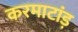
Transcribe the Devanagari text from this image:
करमाटांड़